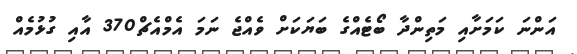
އަންނަ ކަމަށާއި މަތިންދާ ބޯޓެއްގެ ބަޔަކަށް ވެއްޖެ ނަމަ އެމްއެޗް370 އާއި ގުޅުމެއް